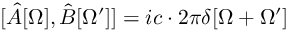
[ \hat { A } [ \Omega ] , \hat { B } [ \Omega ^ { \prime } ] ] = i c \cdot 2 \pi \delta [ \Omega + \Omega ^ { \prime } ]